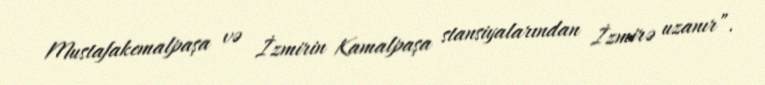
Mustafakemalpaşa və İzmirin Kamalpaşa stansiyalarından İzmirə uzanır”.